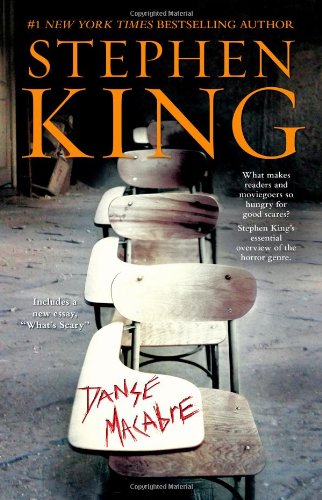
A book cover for Danse Macabre; Stephen King; Humor & Entertainment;